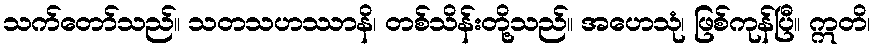
သက်တော်သည်။ သတသဟဿာနိ၊ တစ်သိန်းတို့သည်။ အဟေသုံ၊ ဖြစ်ကုန်ပြီ။ ဣတိ၊